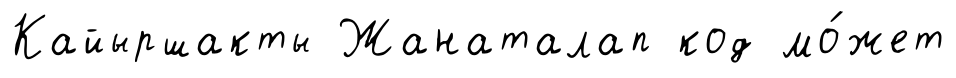
Кайыршакты Жанаталап код мо́жет